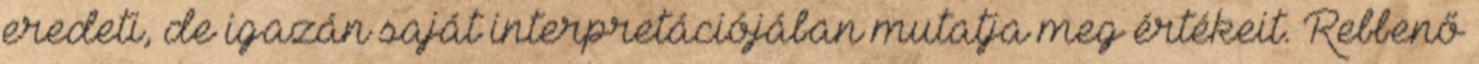
eredeti, de igazán saját interpretációjában mutatja meg értékeit. Rebbenő